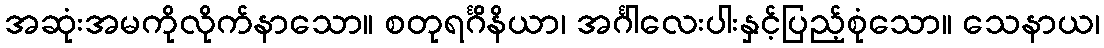
အဆုံးအမကိုလိုက်နာသော။ စတုရင်္ဂိနိယာ၊ အင်္ဂါလေးပါးနှင့်ပြည့်စုံသော။ သေနာယ၊